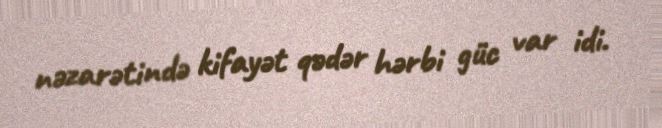
nəzarətində kifayət qədər hərbi güc var idi.